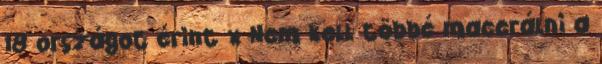
18 országot érint x Nem kell többé macerálni a